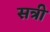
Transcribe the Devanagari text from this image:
सत्री